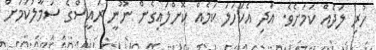
ހުރި ލަދެއް ކަމަށެވެ. އަދި އެކަހަލަ ކަމެއް ކޮށްލައިގެން ނޫނީ ރައީސްގެ ސަމާލުކަމަށް